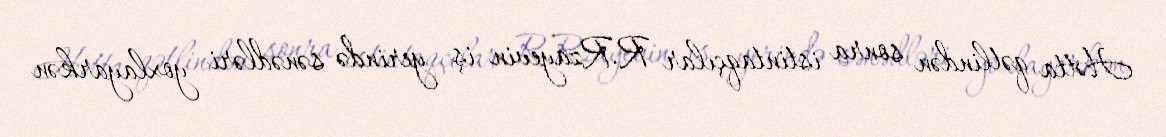
Hətta qətlindən sonra istintaqçılar R.Rzayevin iş yerində sənədləri yoxlayarkən